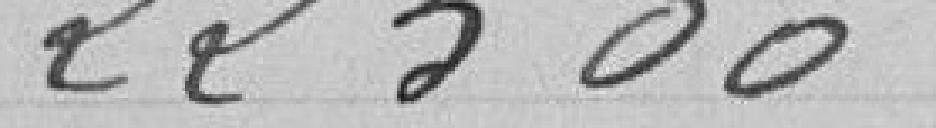
22500